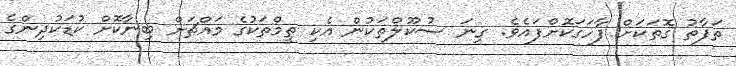
ތަފާތު ގޮތަކަށް ފާހަގަކޮށްފައެވެ. ގިނަ ސުކޫލްތަކުން އެކި ތީމްތަކުގެ މައްޗަށް ބިނާކޮށް ކުޑަކުދިންގެ